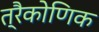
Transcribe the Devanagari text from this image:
त्रैकोणिक